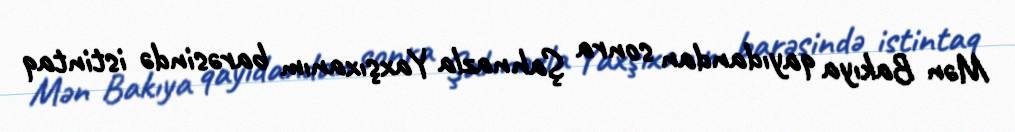
Mən Bakıya qayıdandan sonra Şahnazla Yaxşıxanım barəsində istintaq